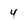
Character: 4